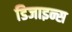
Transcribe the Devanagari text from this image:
डिजाइन्स